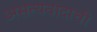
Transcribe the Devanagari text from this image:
असत्यवादाची